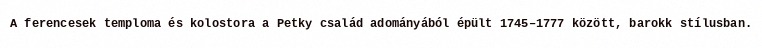
A ferencesek temploma és kolostora a Petky család adományából épült 1745–1777 között, barokk stílusban.